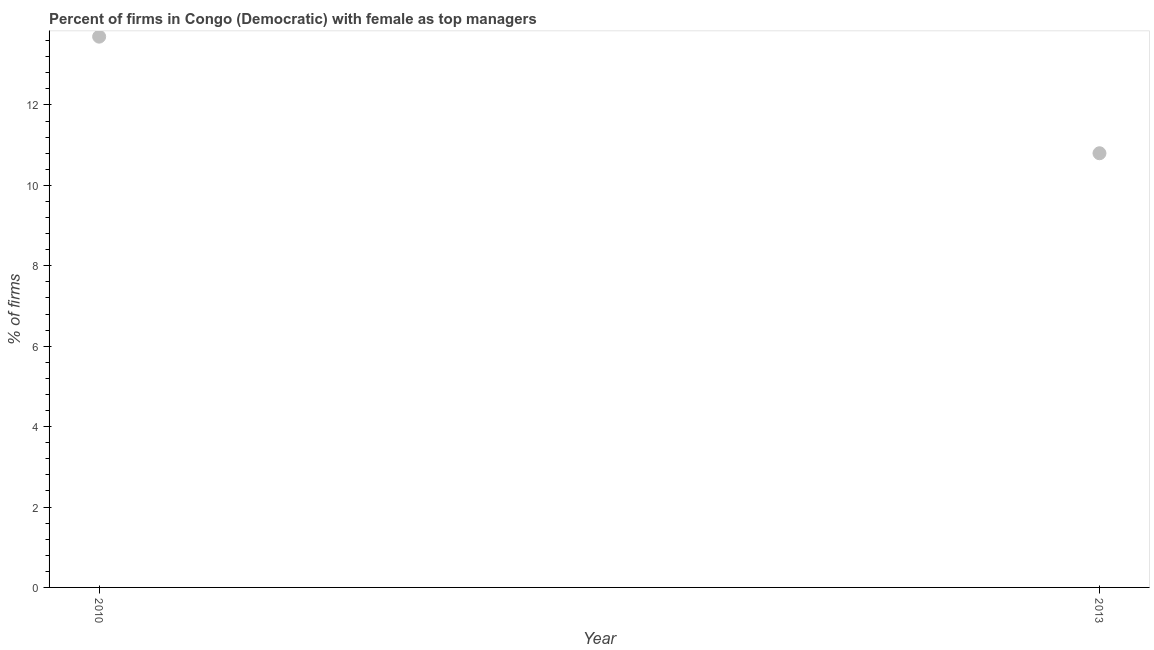
| Year | Firms with female top manager |
 | --- | --- |
 | 2010 | 13.7 |
 | 2013 | 10.8 |